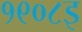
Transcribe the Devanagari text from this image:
१९०८इ